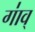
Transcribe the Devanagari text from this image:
गा॑व्